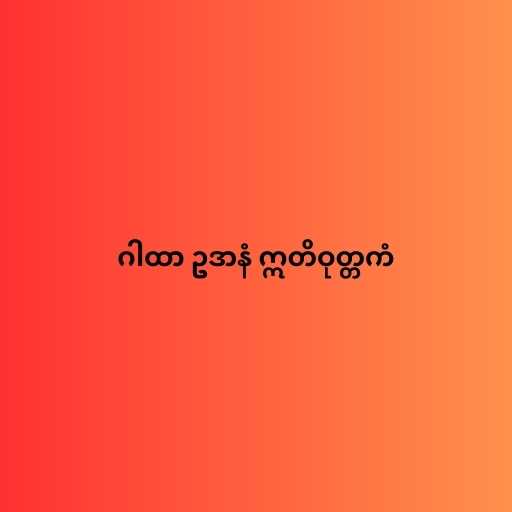
ဂါထာ ဥဒာနံ ဣတိဝုတ္တကံ